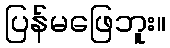
ပြန်မဖြေဘူး။